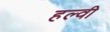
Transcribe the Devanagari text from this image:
हल्वी